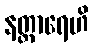
နတ္တာရေဟိ